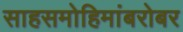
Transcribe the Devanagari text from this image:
साहसमोहिमांबरोबर